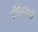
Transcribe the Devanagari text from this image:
टॉक्सिनों